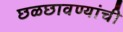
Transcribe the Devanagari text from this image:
छळछावण्यांची